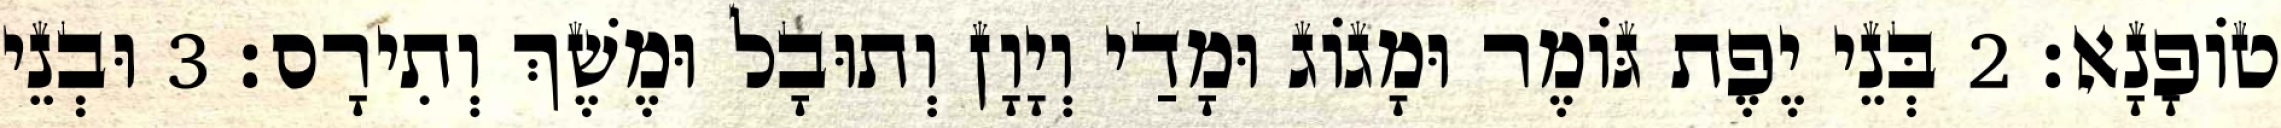
טוֹפָנָא׃ 2 בְּנֵי יֶפֶת גּוֹמֶר וּמָגוֹג וּמָדַי וְיָוָן וְתוּבָל וּמֶשֶׁךְ וְתִירָס׃ 3 וּבְנֵי